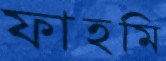
ফাহমি